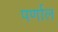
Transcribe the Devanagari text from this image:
पर्णाल